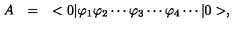
\begin{array} { r c l } { A } & { = } & { < 0 | \varphi _ { 1 } \varphi _ { 2 } \cdots \varphi _ { 3 } \cdots \varphi _ { 4 } \cdots | 0 > , } \\ \end{array}